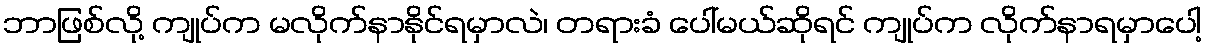
ဘာဖြစ်လို့ ကျုပ်က မလိုက်နာနိုင်ရမှာလဲ၊ တရားခံ ပေါ်မယ်ဆိုရင် ကျုပ်က လိုက်နာရမှာပေါ့